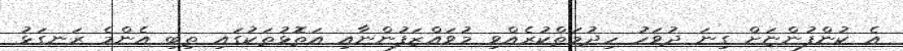
އެ ކުންފުންޏަށް ގިނަ ދުވަހު ހިދުމަތްކުރެއްވި މުވައްޒަފުންނާއި އަތޮޅުތަކުގައި ތިބި އެންމެ ރަނގަޅު